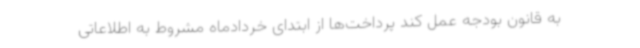
به قانون بودجه عمل کند پرداخت‌ها از ابتدای خردادماه مشروط به اطلاعاتی